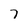
Character: 7